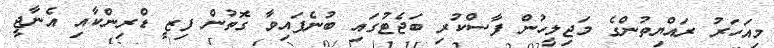
މިއަހަރު ރައްޔިތުންގެ މަޖިލީހުން ފާސްކުރި ބަޖެޓުގައި ބުނެފައިވާ ގޮތުން ފިޒީ ޑްރިންކާއި އެނާޖީ